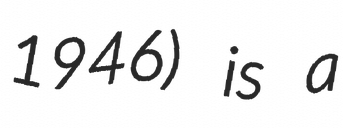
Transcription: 1946) is a